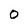
Character: o